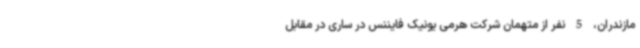
مازندران، 5 نفر از متهمان شرکت هرمی یونیک فایننس در ساری در مقابل